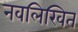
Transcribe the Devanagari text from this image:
नवलिखित